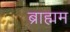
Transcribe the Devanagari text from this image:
ब्राह्मम